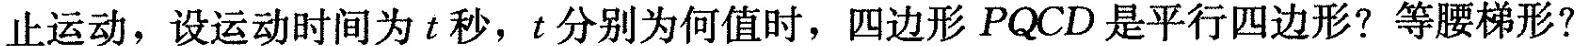
止运动，设运动时间为t秒，t分别为何值时，四边形PQCD是平行四边形?等腰梯形?